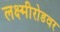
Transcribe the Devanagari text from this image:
लक्ष्मीरोडवर